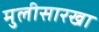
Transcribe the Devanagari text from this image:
मुलीसारखा